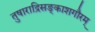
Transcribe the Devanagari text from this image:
तुषाराद्रिसङ्काशगौरम्